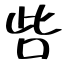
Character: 呰